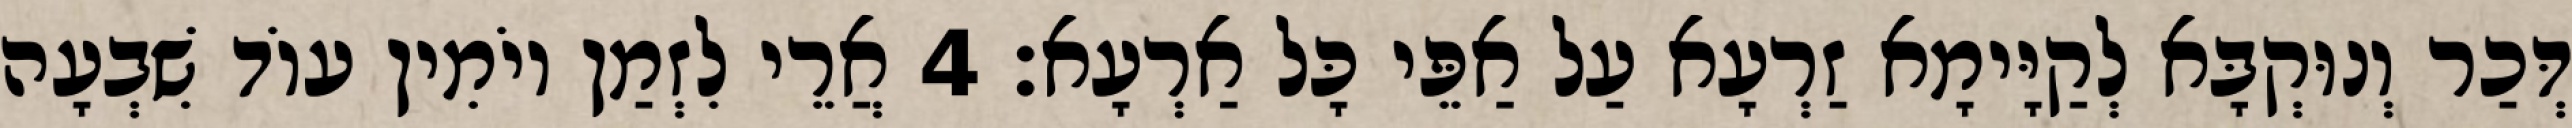
דְּכַר וְנוּקְבָּא לְקַיָּימָא זַרְעָא עַל אַפֵּי כָּל אַרְעָא׃ 4 אֲרֵי לִזְמַן יוֹמִין עוֹד שִׁבְעָה